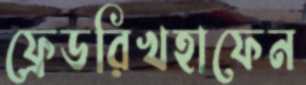
ফ্রেডরিখহাফেন